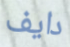
دايف